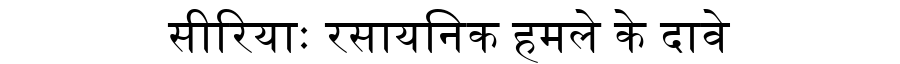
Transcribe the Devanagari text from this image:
सीरियाः रसायनिक हमले के दावे